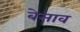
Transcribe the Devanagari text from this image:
बेसाव